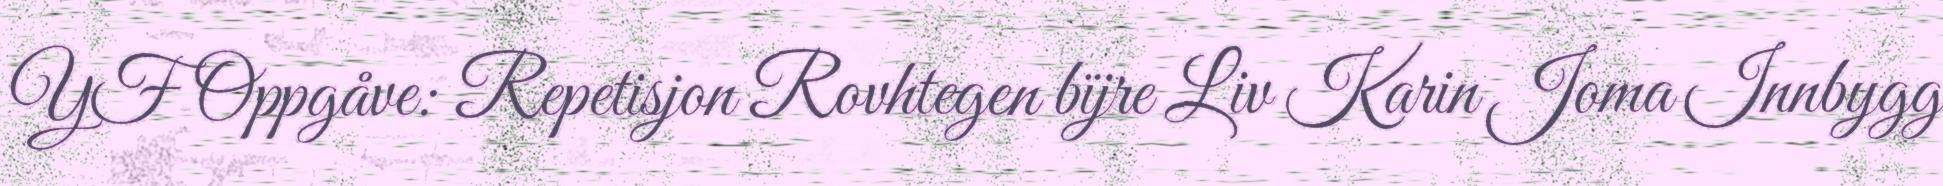
YF Oppgåve: Repetisjon Rovhtegen bïjre Liv Karin Joma Innbygg